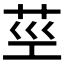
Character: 𦮨